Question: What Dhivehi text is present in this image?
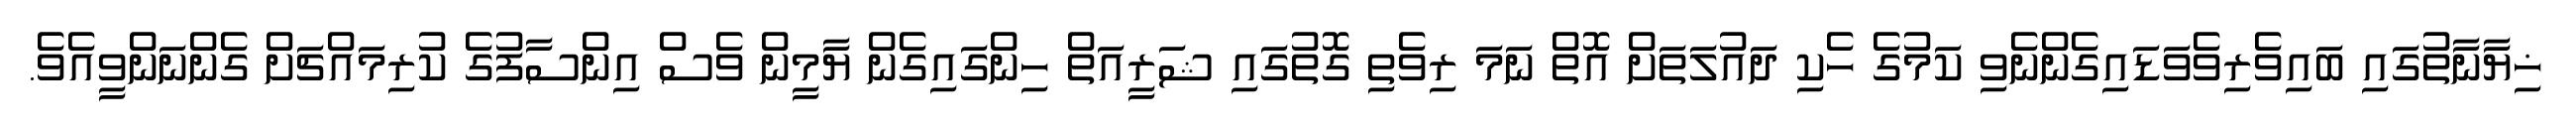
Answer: ޚިޔާނާތުގައި ބައިވެރިވެވަޑައިގެންނެވި ކަމުގެ ހެކި ދައުލަތަށް އޮތް ނަމަ ރިވެތި ގޮތުގައި ޝަރީއަތް ހިންގައިގެން ޔާމީން ވެސް އިންސާފުގެ ކުރިމައްޗަށް ގެންނަންވީއެވެ.